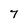
Character: 7